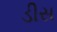
ડીસ